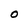
Character: O